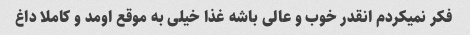
فکر نمیکردم انقدر خوب و عالی باشه غذا خیلی به موقع اومد و کاملا داغ